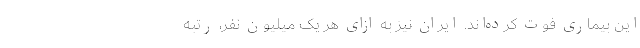
این بیماری فوت کرده‌اند. ایران نیز به ازای هر یک میلیون نفر، رتبه